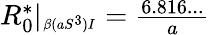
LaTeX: \begin{array}{r}{R_{0}^{*}|_{\substack{_{\beta(aS^{3})I}}}=\frac{6.816...}{a}}\end{array}